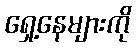
ရှေ့နေများကို